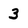
Character: 3